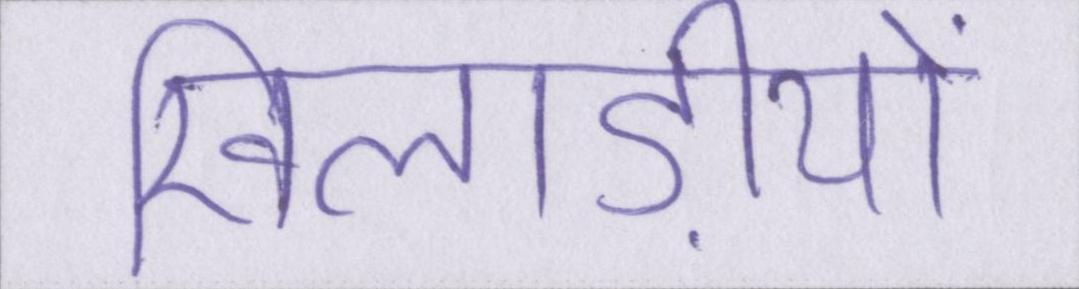
खिलाड़ीयों